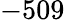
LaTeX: -509